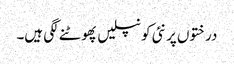
درختوں پر نئی کونپلیں پھوٹنے لگی ہیں۔